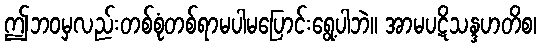
ဤဘဝမှလည်းတစ်စုံတစ်ရာမပါမပြောင်းရွေ့ပါဘဲ။ အာမပဋိသန္ဒဟတိစ၊